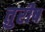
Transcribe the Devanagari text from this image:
तुरीष